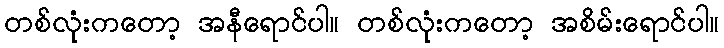
တစ်လုံးကတော့ အနီရောင်ပါ။ တစ်လုံးကတော့ အစိမ်းရောင်ပါ။